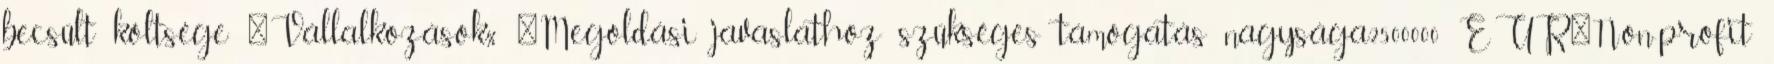
becsült költsége ▪Vállalkozások% ▪Megoldási javaslathoz szükséges támogatás nagysága2500000 EUR▪Non-profit